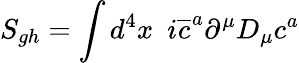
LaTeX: S_{gh}=\int d^{4}x\, \, \, i\overline{{{c}}}^{a}\partial^{\mu}D_{\mu}c^{a}